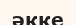
әкке